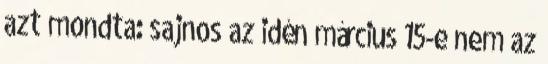
azt mondta: sajnos az idén március 15-e nem az